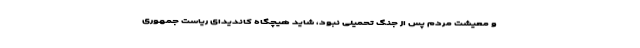
و معیشت مردم پس از جنگ تحمیلی نبود، شاید هیچگاه کاندیدای ریاست جمهوری